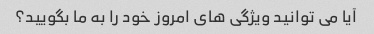
آیا می توانید ویژگی های امروز خود را به ما بگویید؟